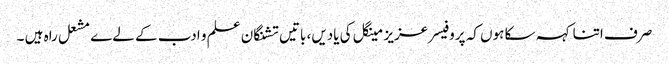
صرف اتنا کہہ سکا ہوں کہ پروفیسر عزیز مینگل کی یادیں، باتیں تشنگان علم و ادب کے لےے مشعل راہ ہیں ۔